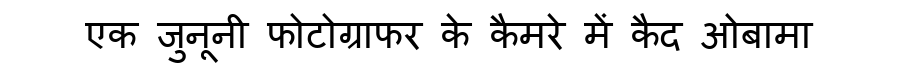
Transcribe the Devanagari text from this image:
एक जुनूनी फोटोग्राफर के कैमरे में कैद ओबामा